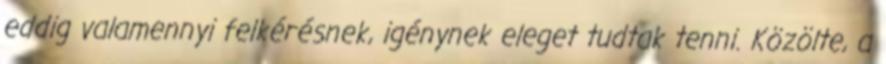
eddig valamennyi felkérésnek, igénynek eleget tudtak tenni. Közölte, a